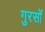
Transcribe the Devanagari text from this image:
गुरसों